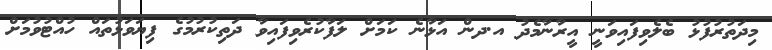
މިދަތުރުފުޅު ބެލެވިފައިވަނީ އީރާނާމެދު އ.ދން އަޅާނެ ކަމަށް ލަފާކުރެވިފައިވާ ދަތިކުރުމުގެ ފިޔަވަޅުތައް ހުއްޓުވުމަށް